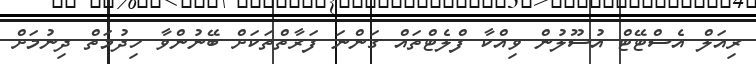
ރިއަލް އެސްޓޭޓް އުސޫލުން ވިއްކާ ފްލެޓްތައް ގަންނަ ފަރާތްތަކަށް ބޭނުންވާ ހިދުމަތް ދިނުމަށް